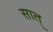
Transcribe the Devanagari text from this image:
सात्